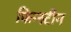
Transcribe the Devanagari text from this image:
फिन्स्टीन